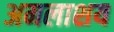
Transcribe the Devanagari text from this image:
अमलाशय